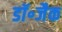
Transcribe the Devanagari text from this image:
डॉ॰जैक